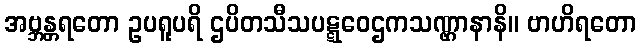
အဗ္ဘန္တရတော ဥပရူပရိ ဌပိတသီသပဋ္ဋဝေဌကသဏ္ဌာနာနိ။ ဗာဟိရတော